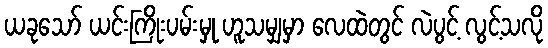
ယခုသော် ယင်းကြိုးပမ်းမှု ဟူသမျှမှာ လေထဲတွင် လဲပွင့် လွင့်သလို